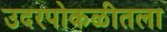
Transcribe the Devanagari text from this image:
उदरपोकळीतला